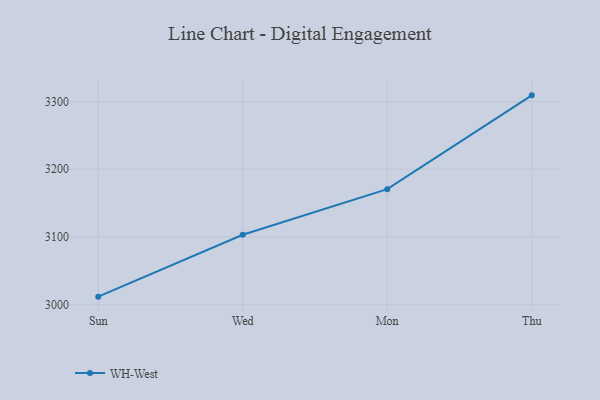
{"axis": {"x": "Day", "y": "Churn Rate (%)"}, "legend": ["WH-West"], "data": [{"x": "Sun", "y": 3011.8, "type": "WH-West"}, {"x": "Wed", "y": 3103.2, "type": "WH-West"}, {"x": "Mon", "y": 3170.6, "type": "WH-West"}, {"x": "Thu", "y": 3309.1, "type": "WH-West"}]}